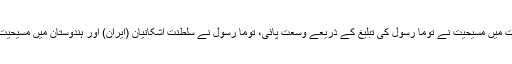
مزید مشرقی سمت میں مسیحیت نے توما رسول کی تبلیغ کے ذریعے وسعت پائی، توما رسول نے سلطنت اشکانیان (ایران) اور ہندوستان میں مسیحیت کی بنیاد رکھی۔